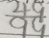
\frac { 4 9 } { 9 9 }